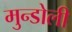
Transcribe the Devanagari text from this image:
मुन्डोली